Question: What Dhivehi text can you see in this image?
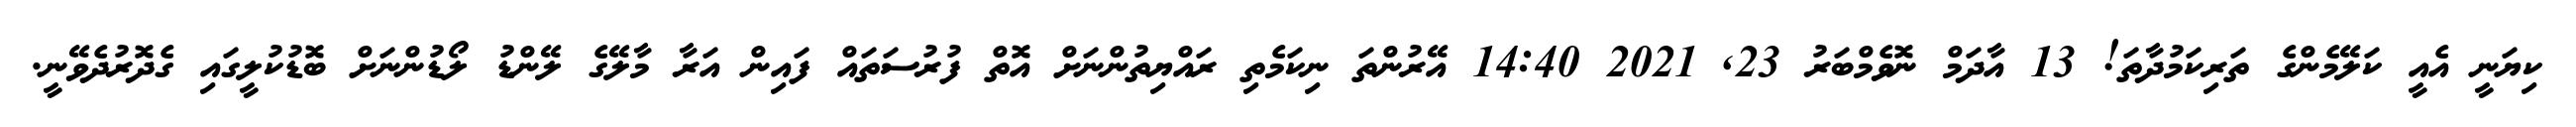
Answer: ކިޔަނީ އެއީ ކަލޭމެންގެ ތަރިކަމުދާތަ! 13 އާދަމް ނޮވެމްބަރު 23, 2021 14:40 އޭރުންތަ ނިކަމެތި ރައްޔިތުންނަށް އޮތް ފުރުސަތައް ފައިން އަރާ މާލޭގެ ލޭންޑު ލޯޑުންނަށް ބޮޑުކުލީގައި ގެދޮރުދެވޭނީ.